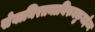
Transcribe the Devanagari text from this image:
सेवानिरतनायिरुक्कुमईन्न